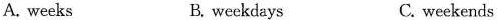
A. weeks B.weekdays C. weekends